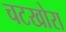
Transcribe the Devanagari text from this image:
चटखोरा